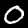
Digit: 0